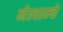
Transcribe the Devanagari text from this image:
नेत्याम्चे